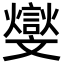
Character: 𣁧